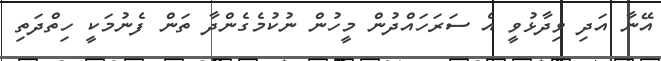
އޭނާ އަދި ވިދާޅުވީ އެ ސަރަހައްދުން މީހުން ނުކުމެގެންދާ ތަން ފެނުމަކީ ހިތްދަތި